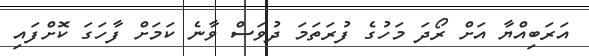
އަރަބިއްޔާ އަށް ރޯދަ މަހުގެ ފުރަތަމަ ދުވަސް ވާނެ ކަމަށް ފާހަގަ ކޮށްފައި